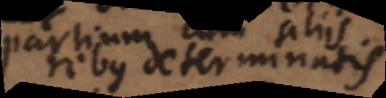
partium determinatis